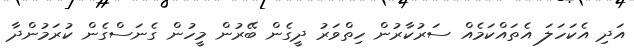
އަދި އެކަހަލަ އެތައްކަމެއް ސަރުކާރުން ހިތްވަރު ދީގެން ބޭރުން މީހުން ގެނަސްގެން ކުރަމުންދާ